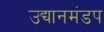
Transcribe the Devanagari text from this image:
उद्यानमंडप